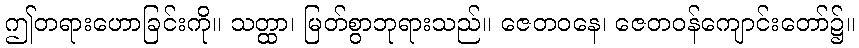
ဤတရားဟောခြင်းကို။ သတ္ထာ၊ မြတ်စွာဘုရားသည်။ ဇေတဝနေ၊ ဇေတဝန်ကျောင်းတော်၌။